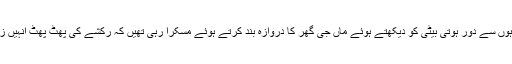
اللہ تعالیٰ کے ڈھیروں شکر کے ساتھ اس کی حفاظت میں اپنی نگا ہوں سے دور ہوتی بیٹی کو دیکھتے ہوئے ماں جی گھر کا دروازہ بند کرتے ہوئے مسکرا رہی تھیں کہ رکشے کی پھٹ پھٹ انہیں زندگی بھر کبھی اتنی سریلی نہ لگی تھی جتنی اس دم لگ رہی تھی ۔